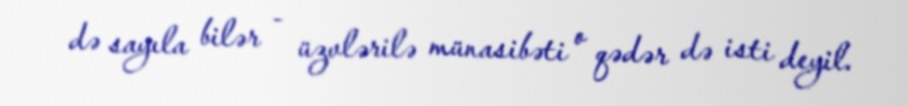
də sayıla bilər - üzvlərilə münasibəti o qədər də isti deyil.